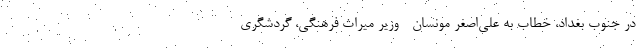
در جنوب بغداد، خطاب به علی‌اصغر مونسان - وزیر میراث فرهنگی، گردشگری